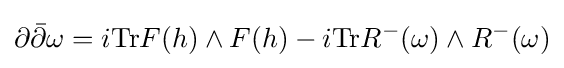
\partial {\bar {\partial }}\omega =i{\text{Tr}}F(h)\wedge F(h)-i{\text{Tr}}R^{-}(\omega )\wedge R^{-}(\omega )